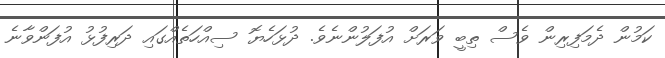
ކަމުން ދެމަފިރިން ވެސް ތިބީ ވަރަށް އުފަލުންނެވެ. ދުޅަހެޔޮ ސިއްހަތެއްގައި ދަރިފުޅު އުފަންވާނެ